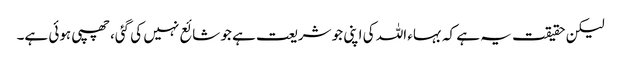
لیکن حقیقت یہ ہے کہ بہاء اللہ کی اپنی جو شریعت ہے جو شائع نہیں کی گئی، چھپی ہوئی ہے۔